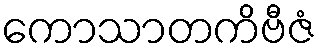
ကောသာတကိဗီဇံ